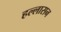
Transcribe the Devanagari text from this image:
हल्लासन